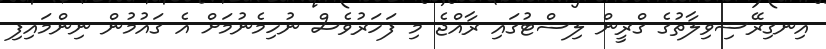
އިނގިރޭސިވިލާތުގެ ގްރީން ލިސްޓުގައި ރާއްޖެ މި ފަހަރުވެސް ނުހިމެނުމަށް އެ ގައުމުން ނިންމައިފި